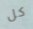
كل